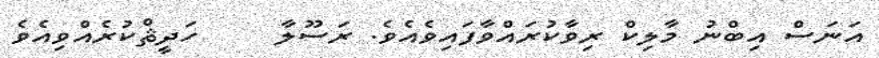
އަނަސް އިބްނު މާލިކް ރިވާކުރައްވާފައިވެއެވެ. ރަސޫލާ     ހަދީޘްކުރެއްވިއެވެ